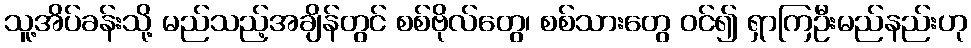
သူ့အိပ်ခန်းသို့ မည်သည့်အချိန်တွင် စစ်ဗိုလ်တွေ၊ စစ်သားတွေ ဝင်၍ ရှာကြဦးမည်နည်းဟု